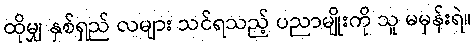
ထိုမျှ နှစ်ရှည် လများ သင်ရသည့် ပညာမျိုးကို သူ မမှန်းရဲ။